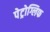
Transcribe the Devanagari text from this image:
पेट्रोग्लिफ